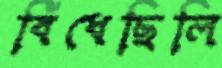
বিঁধেছিলি